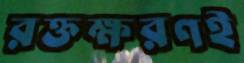
রক্তক্ষরণই